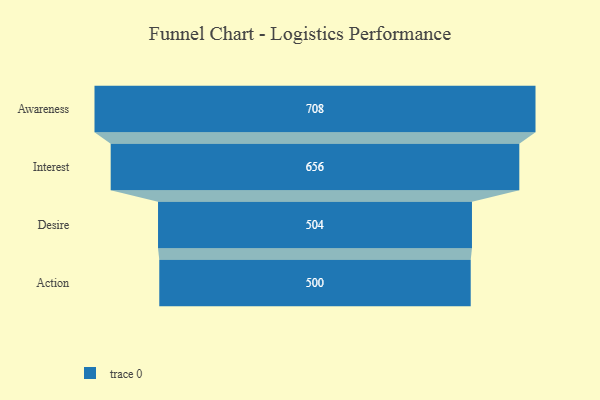
{"axis": {"x": "Stage", "y": "Value"}, "legend": [""], "data": [{"x": "Awareness", "y": 708.0, "type": ""}, {"x": "Interest", "y": 656.0, "type": ""}, {"x": "Desire", "y": 504.0, "type": ""}, {"x": "Action", "y": 500, "type": ""}]}